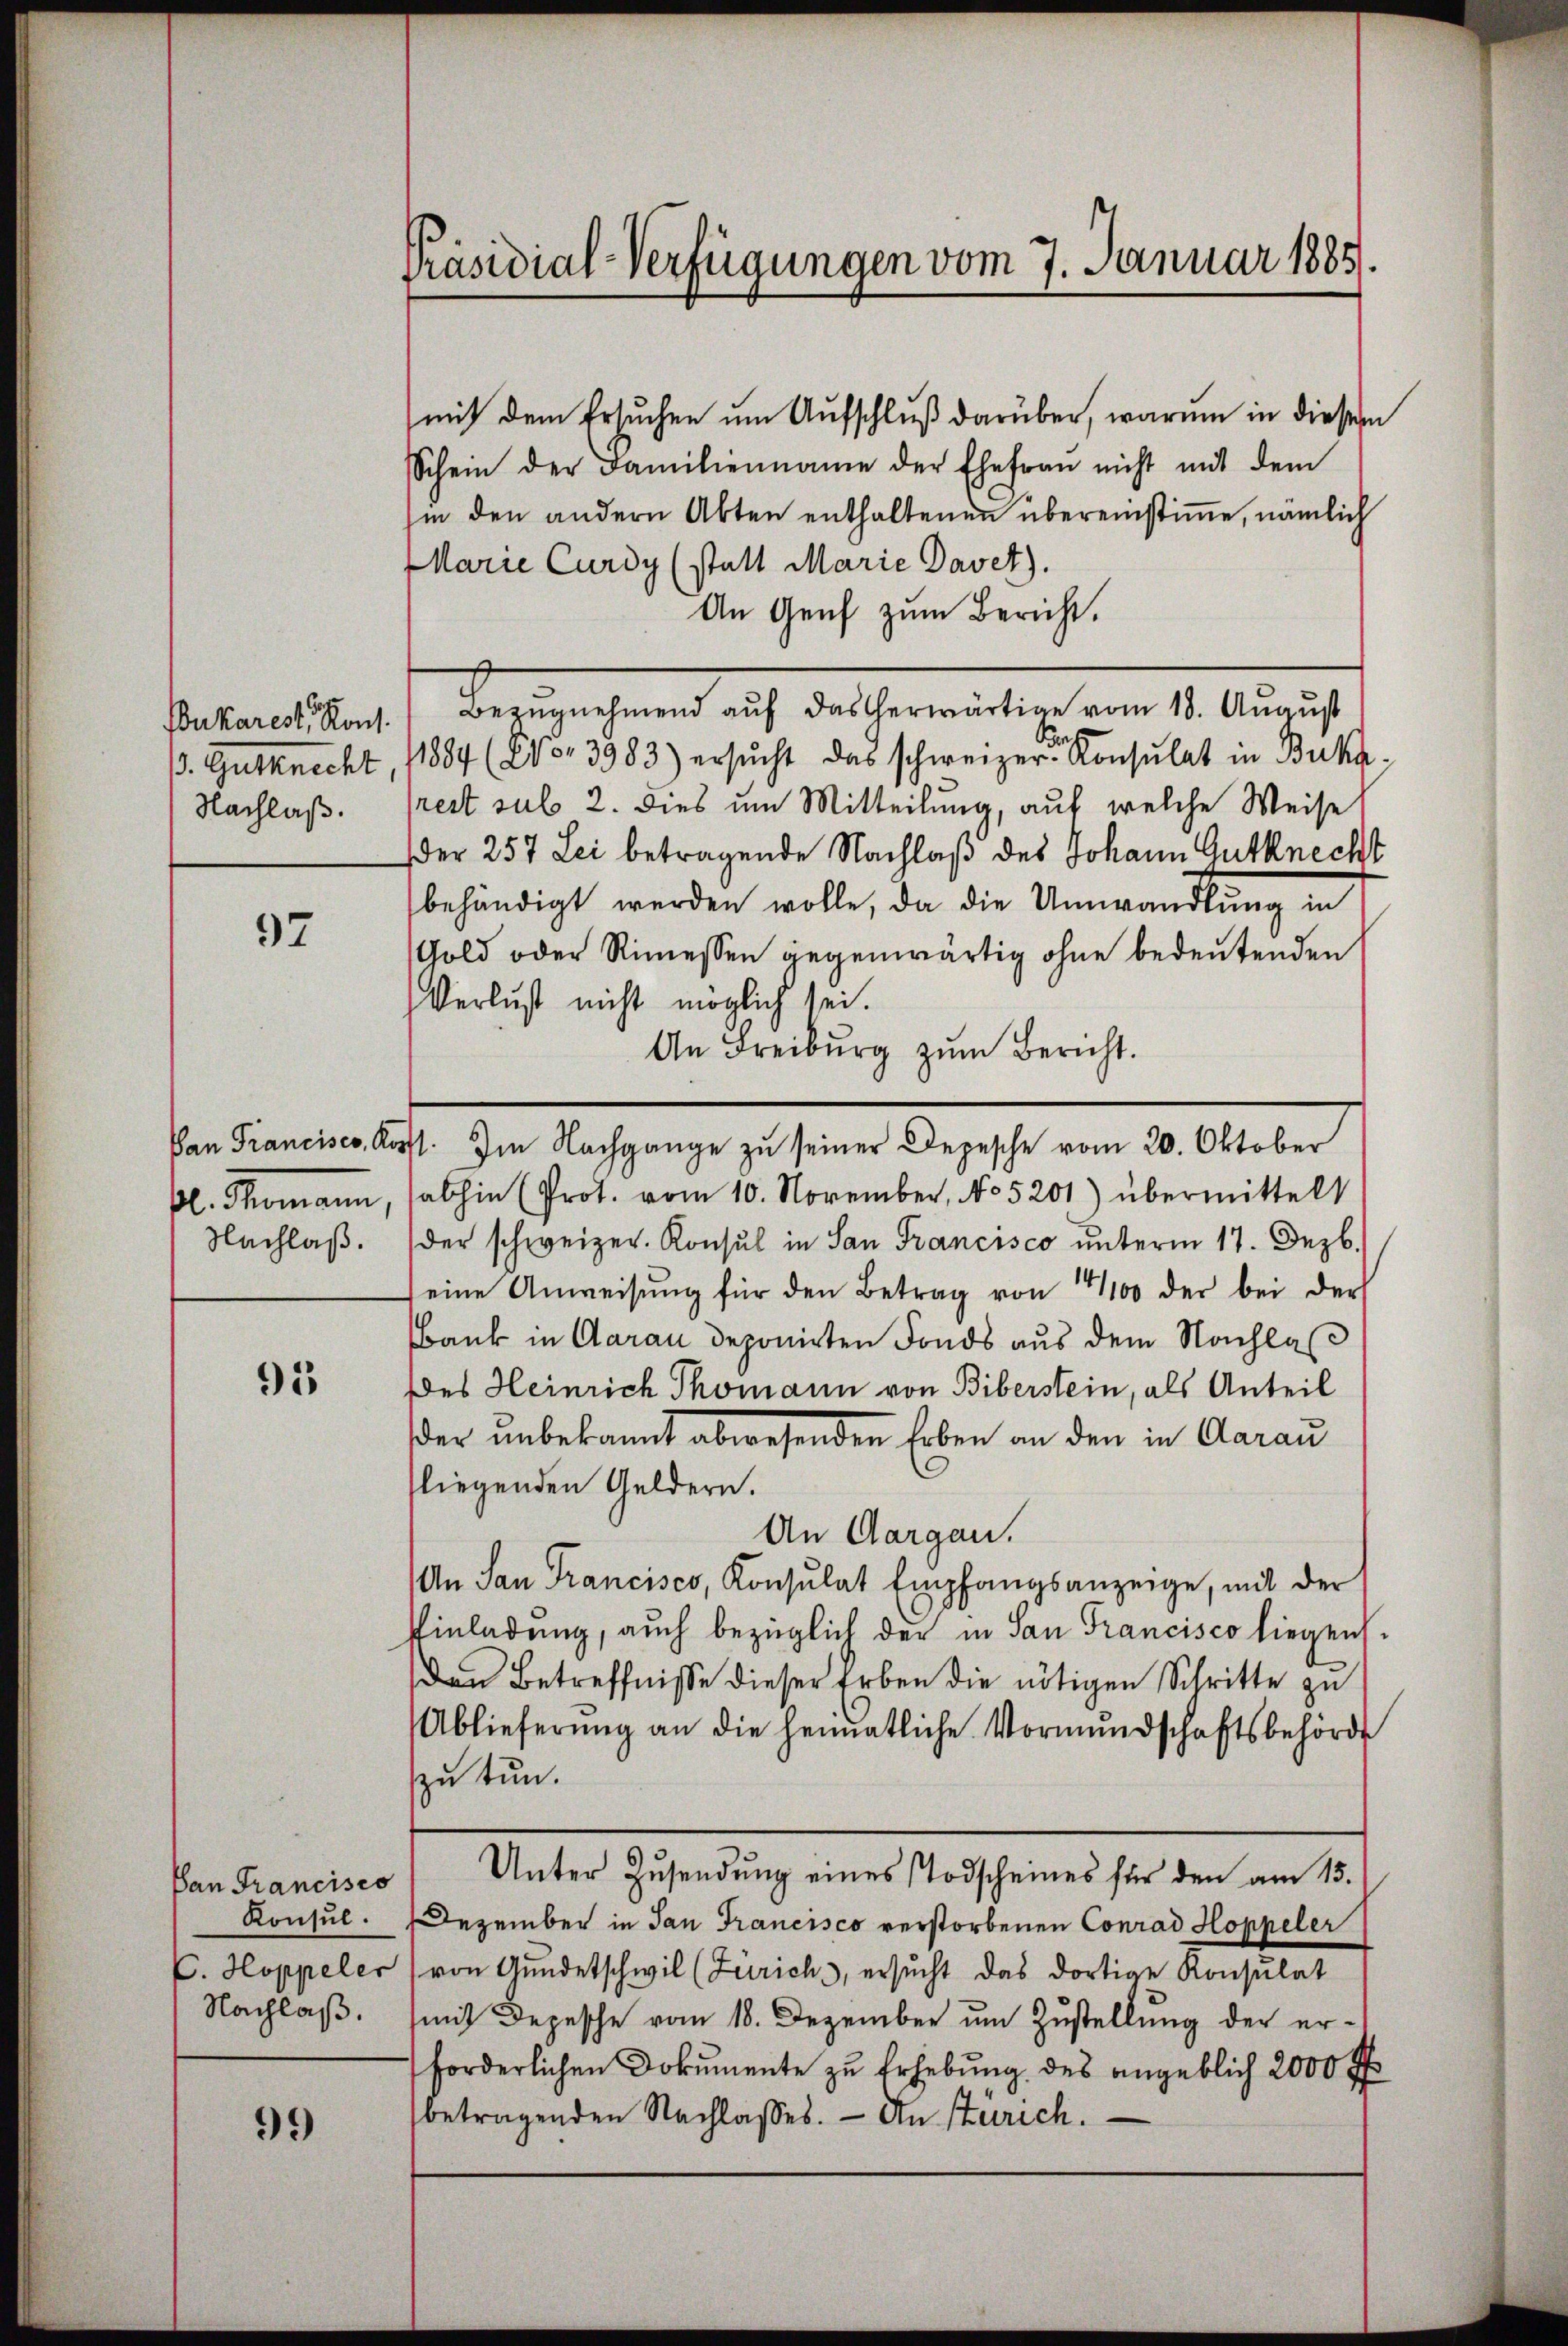
Bukarest, Kons.
s. Gutknecht,
Nachlaß.

97

Nachlaß.

95

Pan Francisco
Konsul.
C. Hoppeler
Nachlaß.

99)

Präsidial-Verfügungen vom 7. Januar 1885.

mit dem Ersuchen um Aufschluß darüber, warum in dieser
Schein der Familienname der Ehefrau nicht mit dem
hin den andern Akten enthaltenen übereinstimme, nämlich
Marie Curdy (statt Marie Davet).
An Genf zum Bericht.
Bezugnehmend auf das herwärtige vom 18. August
1884 (Epo. 3983) ersŭcht das schweizer Konsulat in Bukarest sub 2. Dies um Mitteilung, auf welche Weise
der 257 Lei betragende Nachlaß des Johann Gutknecht
behändigt werden wolle, da die Umwandlung in
Gold oder Rimessen gegenwärtig ohne bedeutenden
Verlust nicht möglich sei.
An Freiburg zŭm Bericht.
Von Francisco, Kopft. Im Nachgange zu seiner Depesche vom 20. Oktober
pl. Thomann, abhin (Prot. vom 10. November, No 5201) übermittelt
der schweizer. Konsul in San Francisco unterm 17. Jezb.
eine Anweisŭng für den Betrag von 14100 der bei der
Bank in Aarau deponirten Fonds aus dem Nachlaß
Des Heinrich Thomann von Biberstein, als Anteil
der unbekannt abwesenden Erben an den in Aarau
fliegenden Geldern.
An Aargau.
An San Francisco, Konsulat Empfangsanzeige, mit der
Einladung, auch bezüglich der in San Francisco liegens.
Den Betreffnisse dieser Erben die nötigen Schritte zu
Ablieferŭng an die heimatliche Vormŭndschaftsbehörde
zu tun.
Unter Zŭsendŭng eines Todscheines für den am 15.
Dezember in San Francisco verstorbenen Conrad Hoppeler
von Gundetschwil (Zürich, ersucht das dortige Konsulat
mit Depesche vom 18. Dezember um Zustellung der erforderlichen Dokumente zu Erhebung des angeblich 2000 Pf
betragenden Nachlasses. — An Stürich.